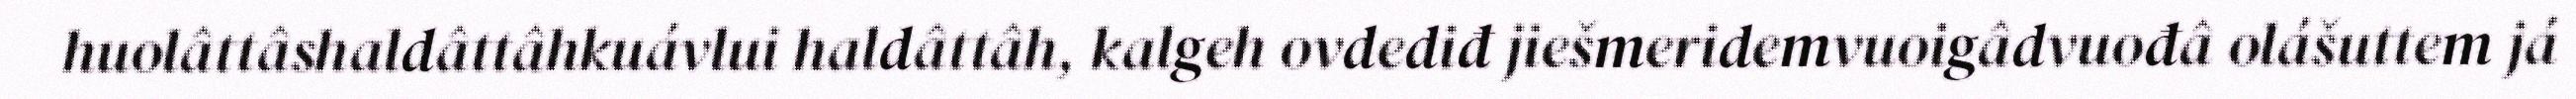
huolâttâshaldâttâhkuávlui haldâttâh, kalgeh ovdediđ jiešmeridemvuoigâdvuođâ olášuttem já